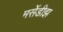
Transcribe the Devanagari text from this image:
मर्सेडीझ